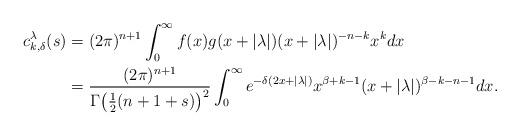
LaTeX: \begin{align*} c_{k,\delta}^\lambda(s) &= (2\pi)^{n+1} \int_0^\infty f(x)g(x+|\lambda|) (x+|\lambda|)^{-n-k} x^k dx\\&= \frac{(2\pi)^{n+1}}{\Gamma\big(\frac12(n+1+s)\big)^2} \int_0^\infty e^{-\delta(2x+|\lambda|)} x^{\beta+k-1} (x+|\lambda|)^{\beta-k-n-1} dx.\end{align*}